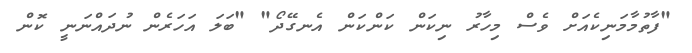
"ފާތުމާމަނިކެއަށް ވެސް މިހާރު ނިކަން ކަންކަން އެނގޭދޯ" "ބަލަ އަހަރެން ނުދައްނަނީ ކޮން